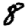
Digit: 8